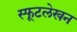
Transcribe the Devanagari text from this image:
स्फूटलेखन